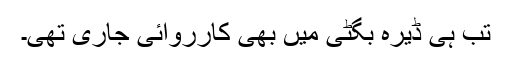
تب ہی ڈیرہ بگٹی میں بھی کارروائی جاری تھی۔